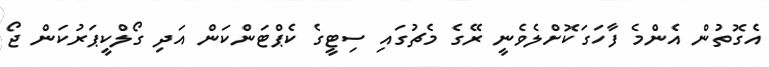
އެގޮތުން އެންމެ ފާހަގަކޮށްލެވެނީ ރޭގެ މެޗުގައި ސިޓީގެ ކެޕްޓަންކަން އަދި ގޯލްކީޕަރުކަން ޖޯ